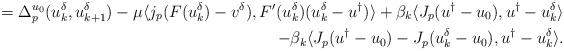
LaTeX: \begin{align*} = \Delta_p^{u_0}(u_{k}^{\delta}, u_{k+1}^{\delta}) - \mu \langle j_p(F(u_k^{\delta})-v^{\delta}), F'(u_k^{\delta})(u_k^{\delta}-u^{\dagger})\rangle + \beta_k\langle J_p(u^{\dagger}-u_0), u^{\dagger}-u_k^{\delta}\rangle \\- \beta_k \langle J_p(u^{\dagger}-u_0) - J_p(u_k^{\delta}-u_0), u^{\dagger}-u_k^{\delta} \rangle. \end{align*}